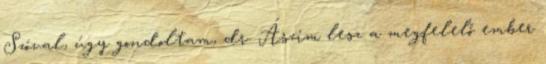
Szóval, úgy gondoltam, dr. Ászim lesz a megfelelő ember